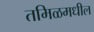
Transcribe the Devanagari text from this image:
तमिळमधील